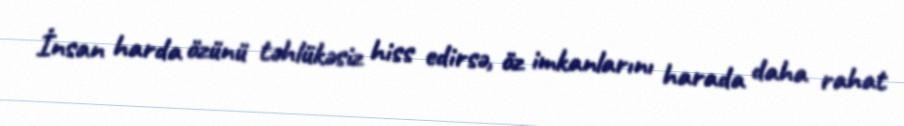
İnsan harda özünü təhlükəsiz hiss edirsə, öz imkanlarını harada daha rahat